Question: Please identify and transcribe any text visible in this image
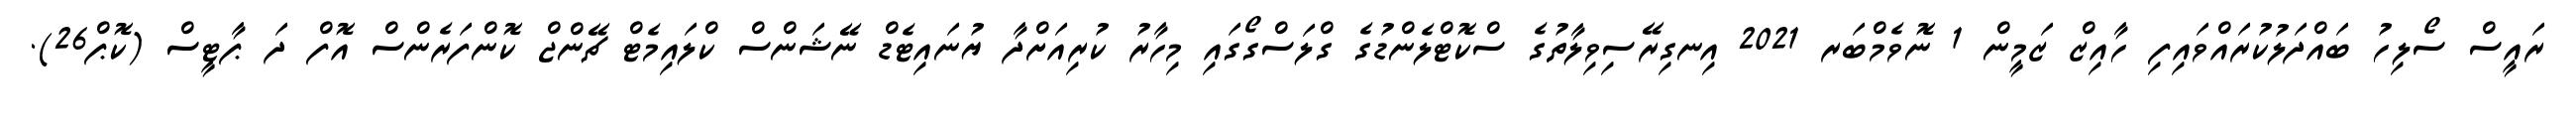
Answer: ރައީސް ސޯލިހު ބައްދަލުކުރައްވައިފި ހާއިޒް ޒަމީން 1 ނޮވެމްބަރ 2021 އިނގިރޭސިވިލާތުގެ ސްކޮޓްލެންޑުގެ ގްލަސްގޯގައި މިހާރު ކުރިއަށްދާ ޔުނައިޓެޑް ނޭޝަންސް ކްލައިމެޓް ޗޭންޖް ކޮންފަރެންސް އޮފް ދަ ޕާޓީސް (ކޮޕް26).